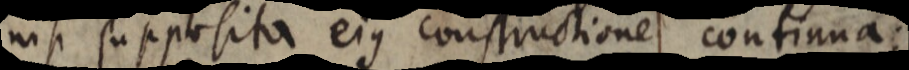
nisi supposita ejus constructione continua;